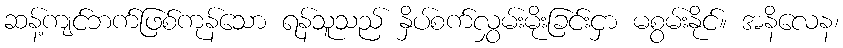
ဆန့်ကျင်ဘက်ဖြစ်ကုန်သော ရန်သူသည် နှိပ်စက်လွှမ်းမိုးခြင်းငှာ မစွမ်းနိုင်။ အနိလေန၊